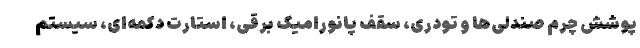
پوشش چرم صندلی‌ها و تودری، سقف پانورامیک برقی، استارت دکمه‌ای، سیستم